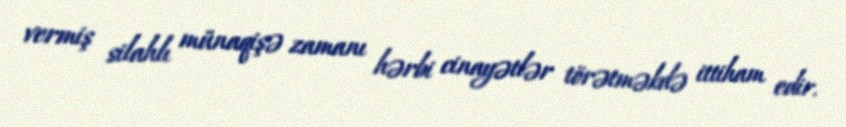
vermiş silahlı münaqişə zamanı hərbi cinayətlər törətməkdə ittiham edir.